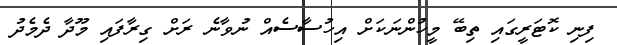
ފިނި ކޮޓަރީގައި ތިބޭ މީހުންނަކަށް އިހުސާސެއް ނުވާނެ ރަށް ގިރާފައި މޫދާ ދެމެދު